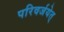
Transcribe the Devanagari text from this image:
परिवर्जयेत्